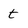
Character: t